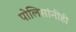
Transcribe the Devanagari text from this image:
पोलिसांनीही